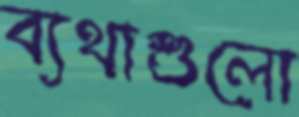
ব্যথাশুলো